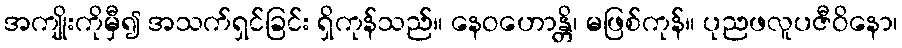
အကျိုးကိုမှီ၍ အသက်ရှင်ခြင်း ရှိကုန်သည်။ နေဝဟောန္တိ၊ မဖြစ်ကုန်။ ပုညဖလူပဇီဝိနော၊